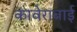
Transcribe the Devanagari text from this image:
कावेराबाई